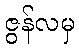
ဇွန်လမှ